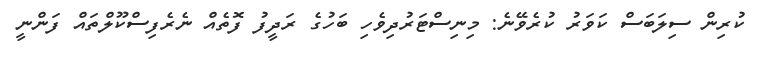
ކުރިން ސިލަބަސް ކަވަރު ކުރެވޭނެ: މިނިސްޓަރުދިވެހި ބަހުގެ ރަދީފު ފޮތެއް ނެރެފިސްކޫލްތައް ފަންނީ